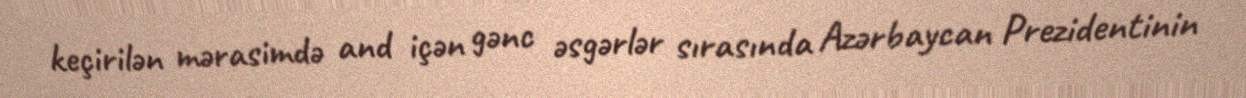
keçirilən mərasimdə and içən gənc əsgərlər sırasında Azərbaycan Prezidentinin